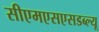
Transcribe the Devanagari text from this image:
सीएमएसएसडब्ल्यू